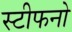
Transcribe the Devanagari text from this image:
स्टीफनो